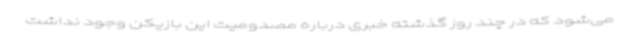
می‌شود که در چند روز گذشته خبری درباره مصدومیت این بازیکن وجود نداشت